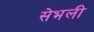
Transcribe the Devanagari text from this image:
सेभली